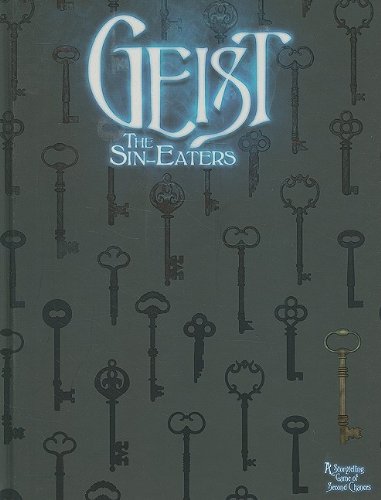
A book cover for Geist: The Sin-Eaters; Ethan Skemp; Science Fiction & Fantasy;